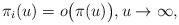
LaTeX: \begin{align*} \pi_i(u)=o\bigl(\pi(u)\bigr),u\rightarrow\infty,\end{align*}